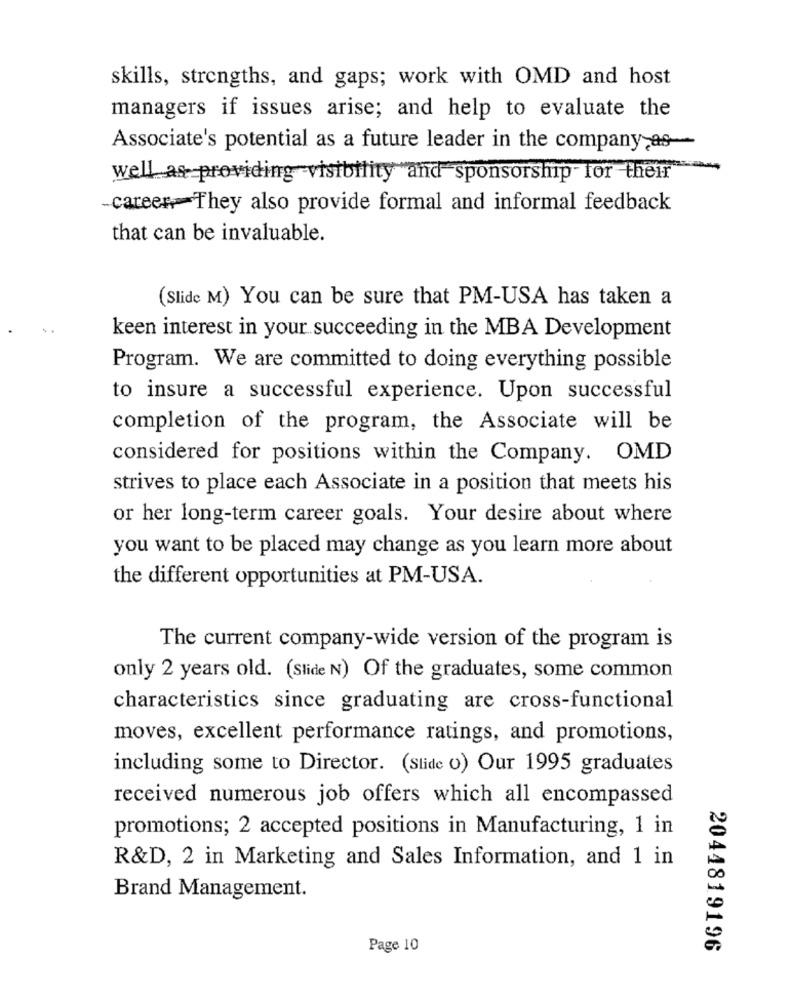
skills, strengths, and gaps; work with OMD and host
managers if issues arise; and help to evaluate the
Associate's potential as a future leader in the company,as-
-
well as providing visibility and sponsorship for their
-careerThey also provide formal and informal feedback
that can be invaluable.
(Slide M) You can be sure that PM-USA has taken a
keen interest in your succeeding in the MBA Development
Program. We are committed to doing everything possible
to insure a successful experience. Upon successful
completion of the program, the Associate will be
considered for positions within the Company. OMD
strives to place each Associate in a position that meets his
or her long-term career goals. Your desire about where
you want to be placed may change as you learn more about
the different opportunities at PM-USA.
The current company-wide version of the program is
only 2 years old. (Slide N) Of the graduates, some common
characteristics since graduating are cross-functional
moves, excellent performance ratings, and promotions,
including some to Director. (Slide o) Our 1995 graduates
received numerous job offers which all encompassed
promotions; 2 accepted positions in Manufacturing, 1 in
R&D, 2 in Marketing and Sales Information, and 1 in
Brand Management.
Page 10
2044819196